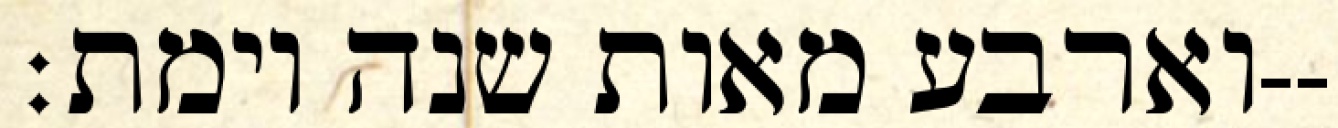
וארבע מאות שנה וימת׃--